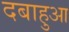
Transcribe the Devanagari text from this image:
दबाहुआ